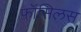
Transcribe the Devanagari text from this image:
फ़ॉसिलस